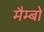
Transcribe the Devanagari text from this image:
मैम्बो